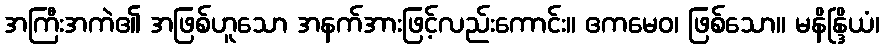
အကြီးအကဲ၏ အဖြစ်ဟူသော အနက်အားဖြင့်လည်းကောင်း။ ဧကမေဝ၊ ဖြစ်သော။ မနိန္ဒြိယံ၊